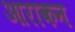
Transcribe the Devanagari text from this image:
आराकन